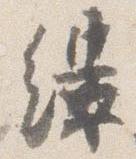
縷